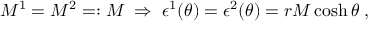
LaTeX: M ^ { 1 } = M ^ { 2 } = : M \; \Rightarrow \; \epsilon ^ { 1 } ( \theta ) = \epsilon ^ { 2 } ( \theta ) = r M \cosh \theta \; ,